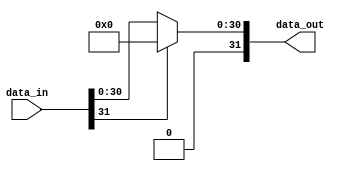
// ================================================================
// NVDLA Open Source Project
//
// Copyright(c) 2016 - 2017 NVIDIA Corporation. Licensed under the
// NVDLA Open Hardware License; Check "LICENSE" which comes with
// this distribution for more information.
// ================================================================
module NV_NVDLA_SDP_HLS_relu (
   data_in
  ,data_out
  );
parameter DATA_WIDTH = 32;
input [DATA_WIDTH-1:0] data_in;
output [DATA_WIDTH-1:0] data_out;
reg [DATA_WIDTH-1:0] data_out;
wire data_in_sign;
// synoff nets
// monitor nets
// debug nets
// tie high nets
// tie low nets
// no connect nets
// not all bits used nets
// todo nets
assign data_in_sign = data_in[DATA_WIDTH-1];
always @(
  data_in_sign
  or data_in
  ) begin
   if (!data_in_sign)
      data_out[((DATA_WIDTH) - 1):0] = data_in[((DATA_WIDTH) - 1):0];
   else
      data_out[((DATA_WIDTH) - 1):0] = {DATA_WIDTH{1'b0}};
end
endmodule // NV_NVDLA_SDP_HLS_relu